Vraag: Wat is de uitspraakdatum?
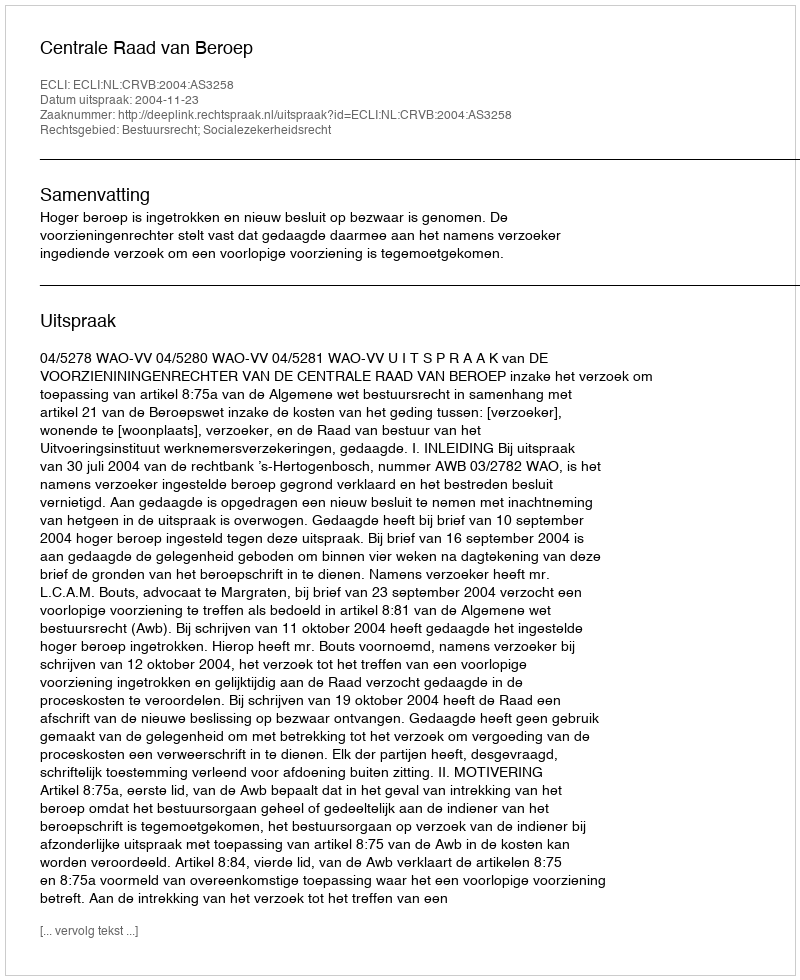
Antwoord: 2004-11-23